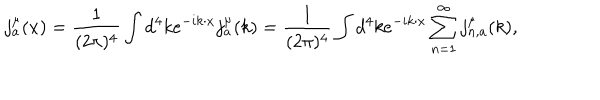
LaTeX: j _ { a } ^ { \mu } ( x ) = { \frac { 1 } { ( 2 \pi ) ^ { 4 } } } \int d ^ { 4 } k e ^ { - i k \cdot x } j _ { a } ^ { \mu } ( k ) = { \frac { 1 } { ( 2 \pi ) ^ { 4 } } } \int d ^ { 4 } k e ^ { - i k \cdot x } \sum _ { n = 1 } ^ { \infty } j _ { n , a } ^ { \mu } ( k ) ,